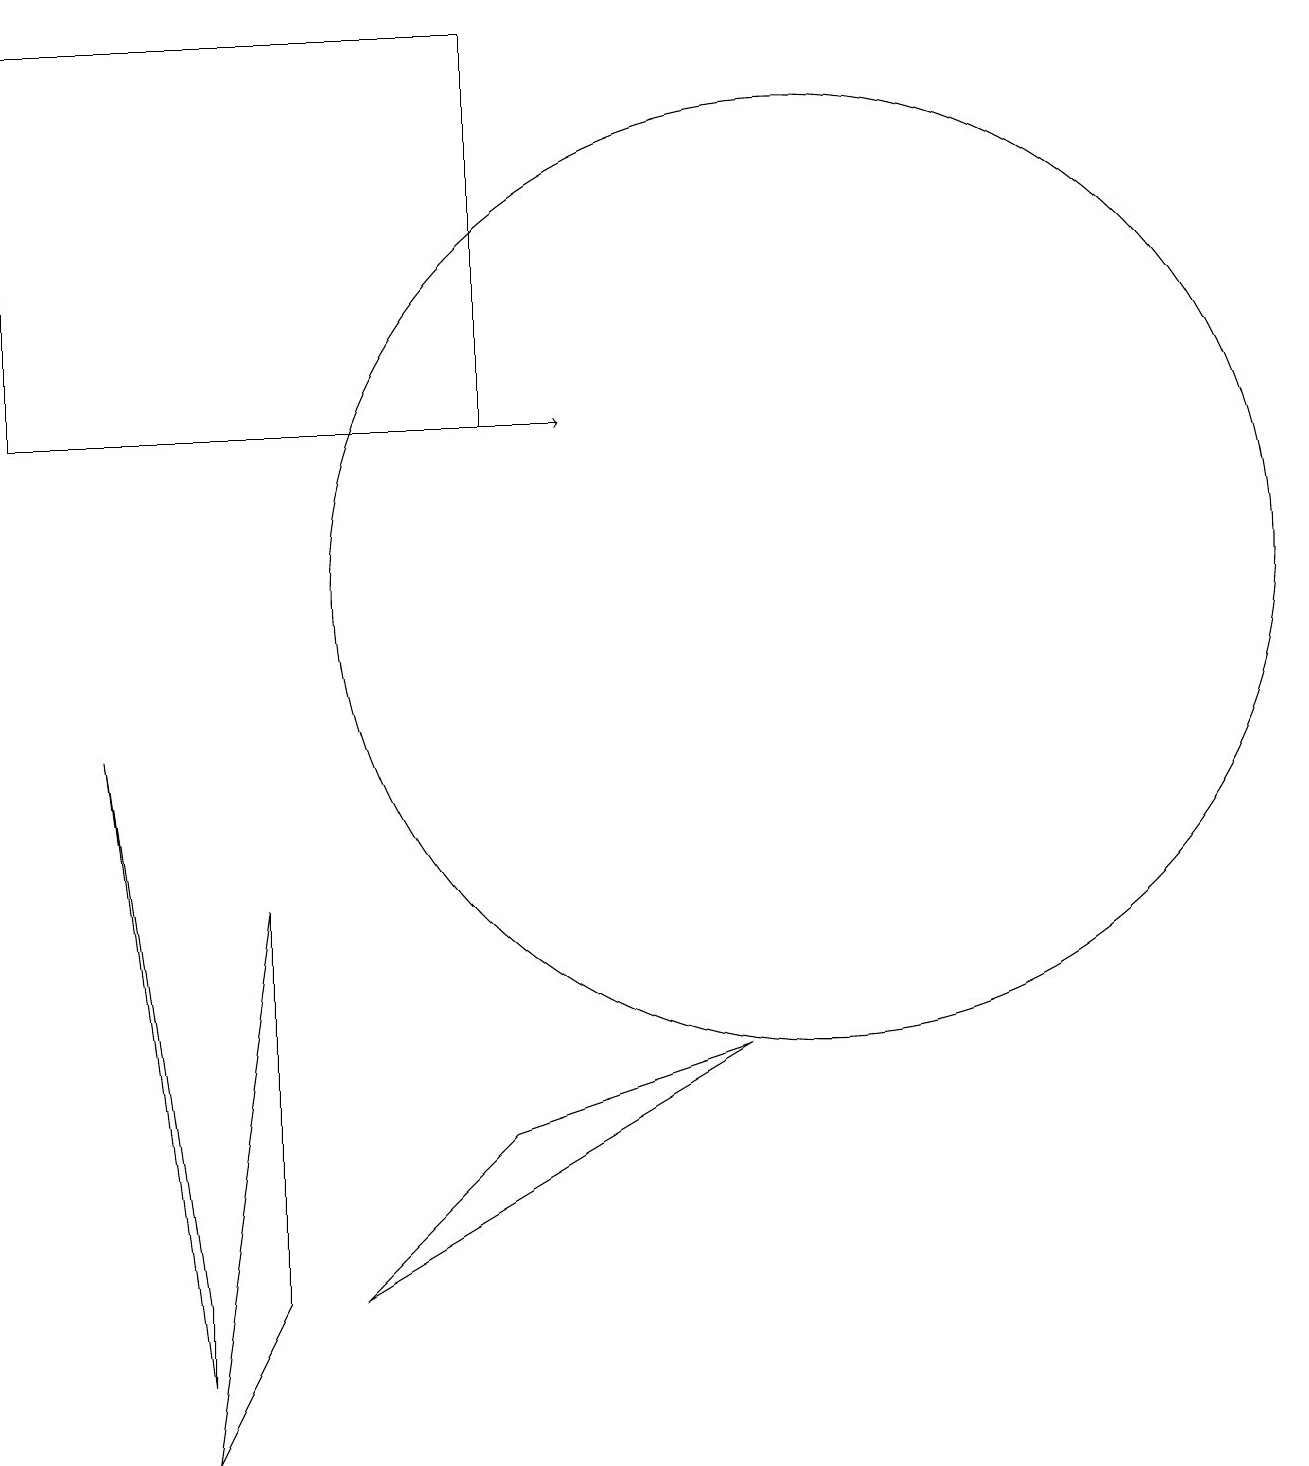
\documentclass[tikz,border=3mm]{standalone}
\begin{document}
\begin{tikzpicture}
\draw (0,18) rectangle (6,13);
\draw[->] (3,13) -- (7,13);
\draw (10,11) circle (6);
\draw[->] (0,17) -- (0,18);
\draw (1,9) -- (2,2) -- (2,1) -- cycle;
\draw (2,0) -- (3,2) -- (3,7) -- cycle;
\draw (4,2) -- (9,5) -- (6,4) -- cycle;
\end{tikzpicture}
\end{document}